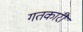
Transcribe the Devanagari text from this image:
गतकारी